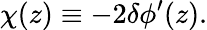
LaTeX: \chi(z)\equiv-2\delta\phi^{\prime}(z).